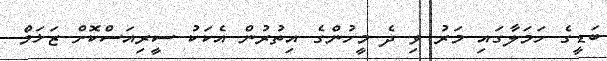
ބަޑީގެ ހަމަލާގައި މަރު ވި ދެ މީހުންގެ އިތުރުން އެކަކު ސީރިއަސްކޮށް ޒަޚަމް